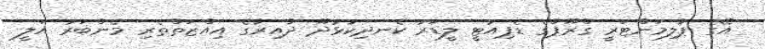
އޭގެ ޕާލިމަންޓަރީ ގްރޫޕްގެ ޑެޕިއުޓީ ލީޑަރު ކެނދިކުޅުދޫ ދާއިރާގެ އިއްޒަތްތެރި މެންބަރު އަލީ